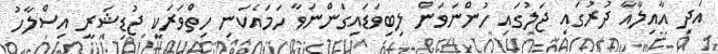
އަދި އާއިލާއާ ދުރުގައި ޖަލުގައި ހުންނަވަން ލިބިވަޑައިގަންނަވާ ހަމައެކަނި ހިތްވަރަކީ ޖުޑިޝަރީ އިސްލާހު